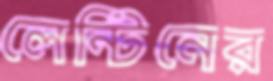
লেন্টিনের